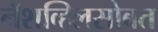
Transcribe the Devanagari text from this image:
नॅशव्हिलसोबत